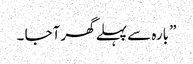
” بارہ سے پہلے گھر آجا ۔